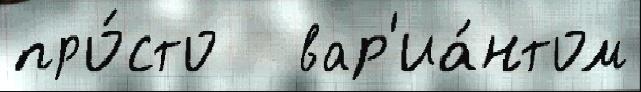
про́сто   вар'иа́нтом